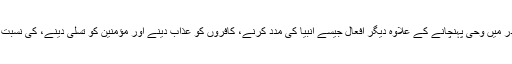
اسلامی مصادر میں وحی پہنچانے کے علاوہ دیگر افعال جیسے انبیا کی مدد کرنے، کافروں کو عذاب دینے اور مؤمنین کو تسلی دینے، کی نسبت دی گئی ہے۔